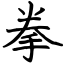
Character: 拳